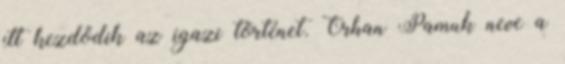
itt kezdődik az igazi történet. Orhan Pamuk neve a